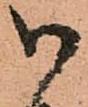
御